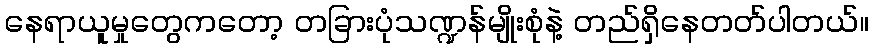
နေရာယူမှုတွေကတော့ တခြားပုံသဏ္ဍန်မျိုးစုံနဲ့ တည်ရှိနေတတ်ပါတယ်။